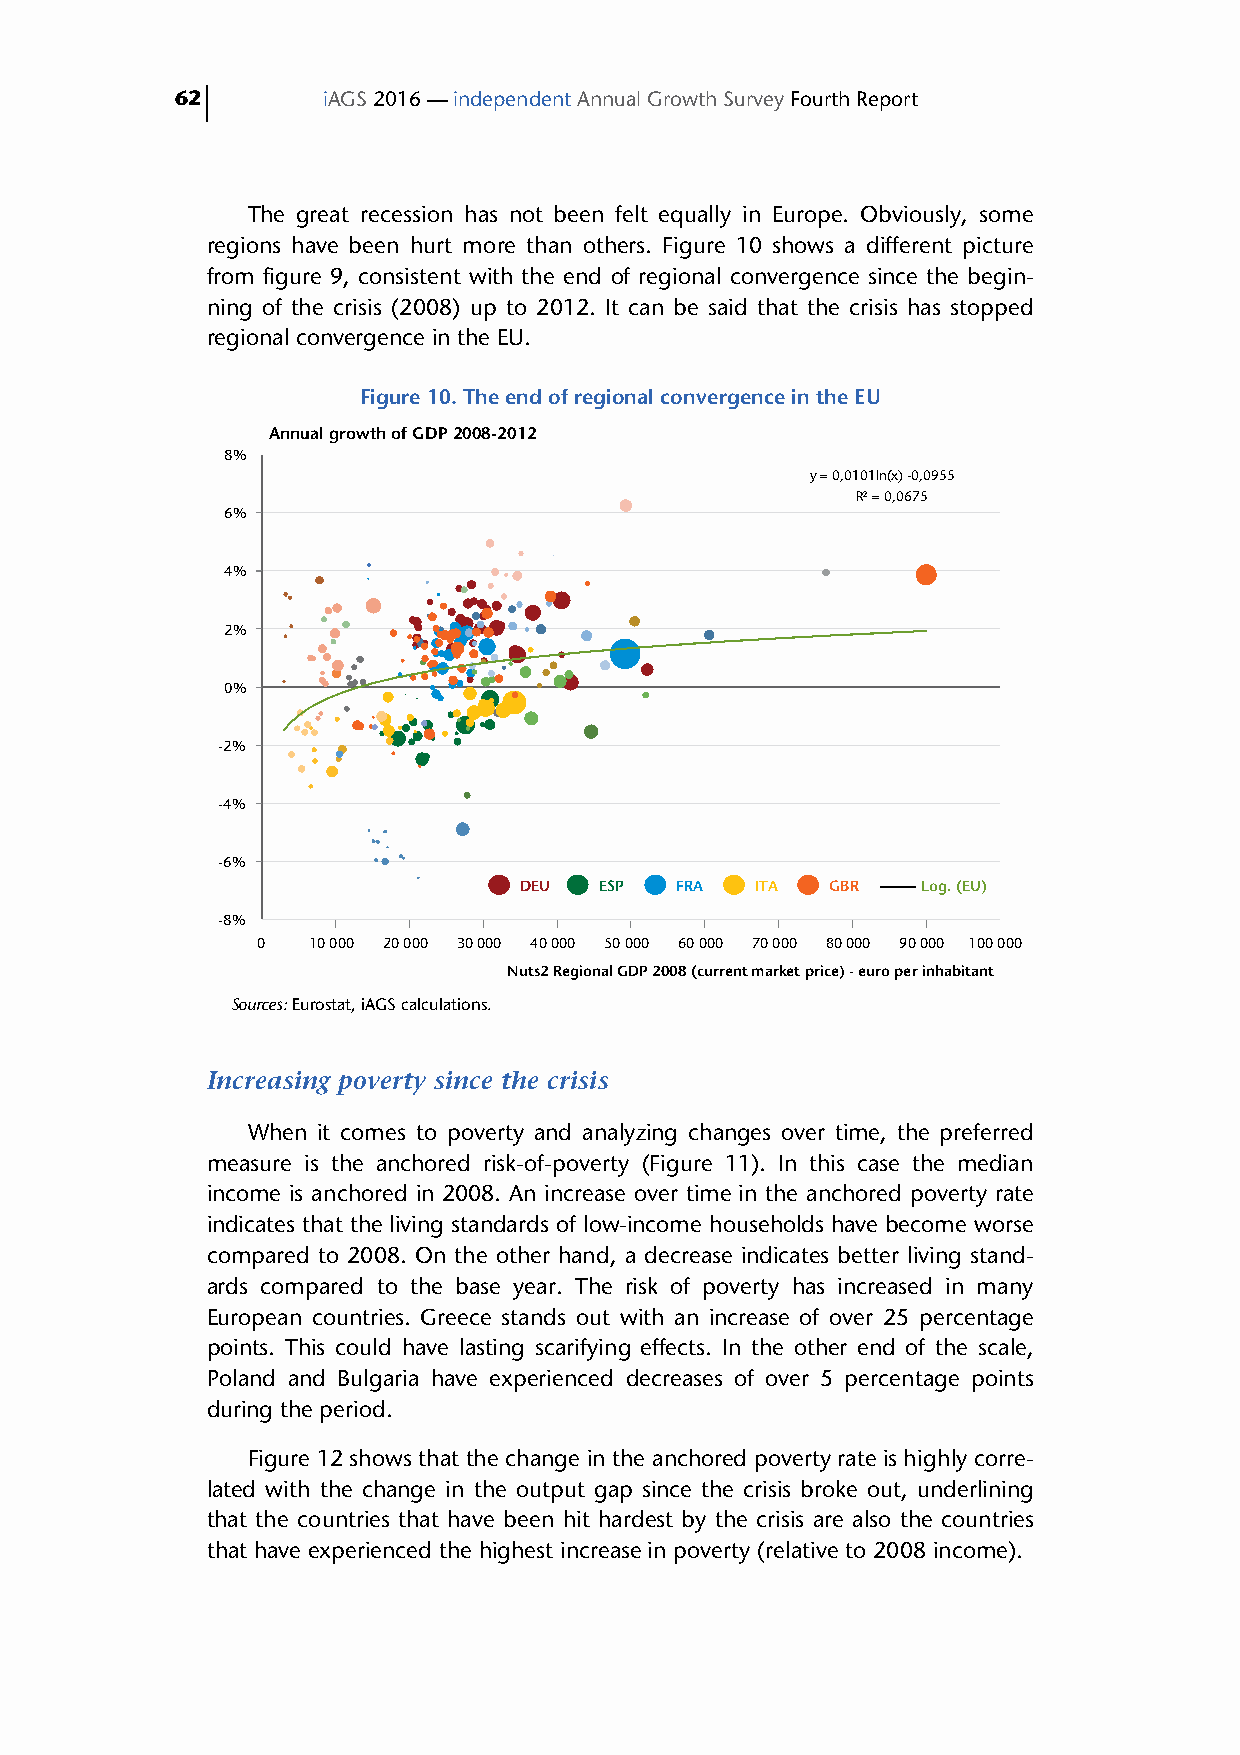
62       iAGS 2016 — independent Annual Growth Survey Fourth Report
 The great recession has not been felt equally in Europe. Obviously, some
 regions have been hurt more than others. Figure 10 shows a different picture
 from figure 9, consistent with the end of regional convergence since the begin-
 ning of the crisis (2008) up to 2012. It can be said that the crisis has stopped
 regional convergence in the EU.
 Figure 10. The end of regional convergence in the EU
 Annual growth of GDP 2008-2012
 8%
 y = 0,0101ln(x) -0,0955
 R² = 0,0675
 6%
 4%
 2%
 0%
 -2%
 -4%
 -6%
 DEU   ESP  FRA  ITA  GBR   Log. (EU)
 -8%
 0  10 000 20 000 30 000 40 000 50 000 60 000 70 000 80 000 90 000 100 000
 Nuts2 Regional GDP 2008 (current market price) - euro per inhabitant
 Sources: Eurostat, iAGS calculations.
 Increasing poverty since the crisis
 When it comes to poverty and analyzing changes over time, the preferred
 measure is the anchored risk-of-poverty (Figure 11). In this case the median
 income is anchored in 2008. An increase over time in the anchored poverty rate
 indicates that the living standards of low-income households have become worse
 compared to 2008. On the other hand, a decrease indicates better living stand-
 ards compared to the base year. The risk of poverty has increased in many
 European countries. Greece stands out with an increase of over 25 percentage
 points. This could have lasting scarifying effects. In the other end of the scale,
 Poland and Bulgaria have experienced decreases of over 5 percentage points
 during the period.
 Figure 12 shows that the change in the anchored poverty rate is highly corre-
 lated with the change in the output gap since the crisis broke out, underlining
 that the countries that have been hit hardest by the crisis are also the countries
 that have experienced the highest increase in poverty (relative to 2008 income).